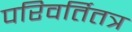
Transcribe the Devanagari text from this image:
परिवर्तितत्र